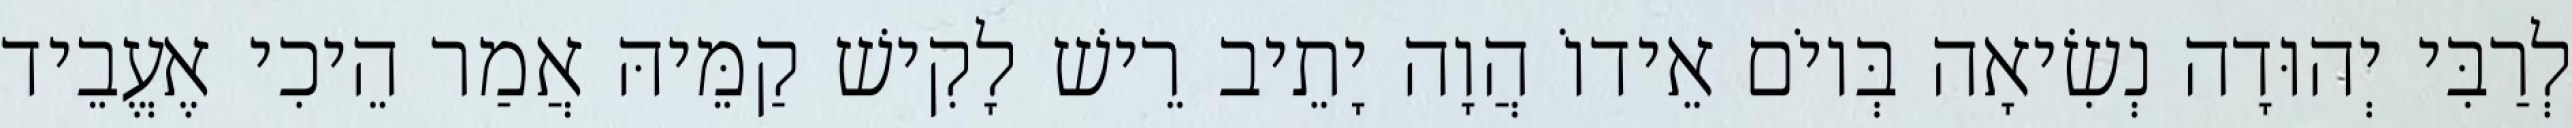
לְרַבִּי יְהוּדָה נְשִׂיאָה בְּיוֹם אֵידוֹ הֲוָה יָתֵיב רֵישׁ לָקִישׁ קַמֵּיהּ אֲמַר הֵיכִי אֶעֱבֵיד